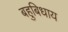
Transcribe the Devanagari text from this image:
बहुबिधाय